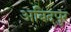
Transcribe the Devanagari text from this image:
अबिदपुर